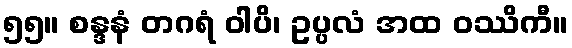
၅၅။ စန္ဒနံ တဂရံ ဝါပိ၊ ဥပ္ပလံ အထ ဝဿိကီ။